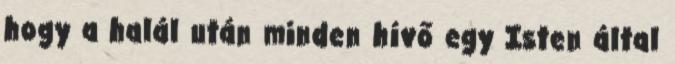
hogy a halál után minden hívő egy Isten által